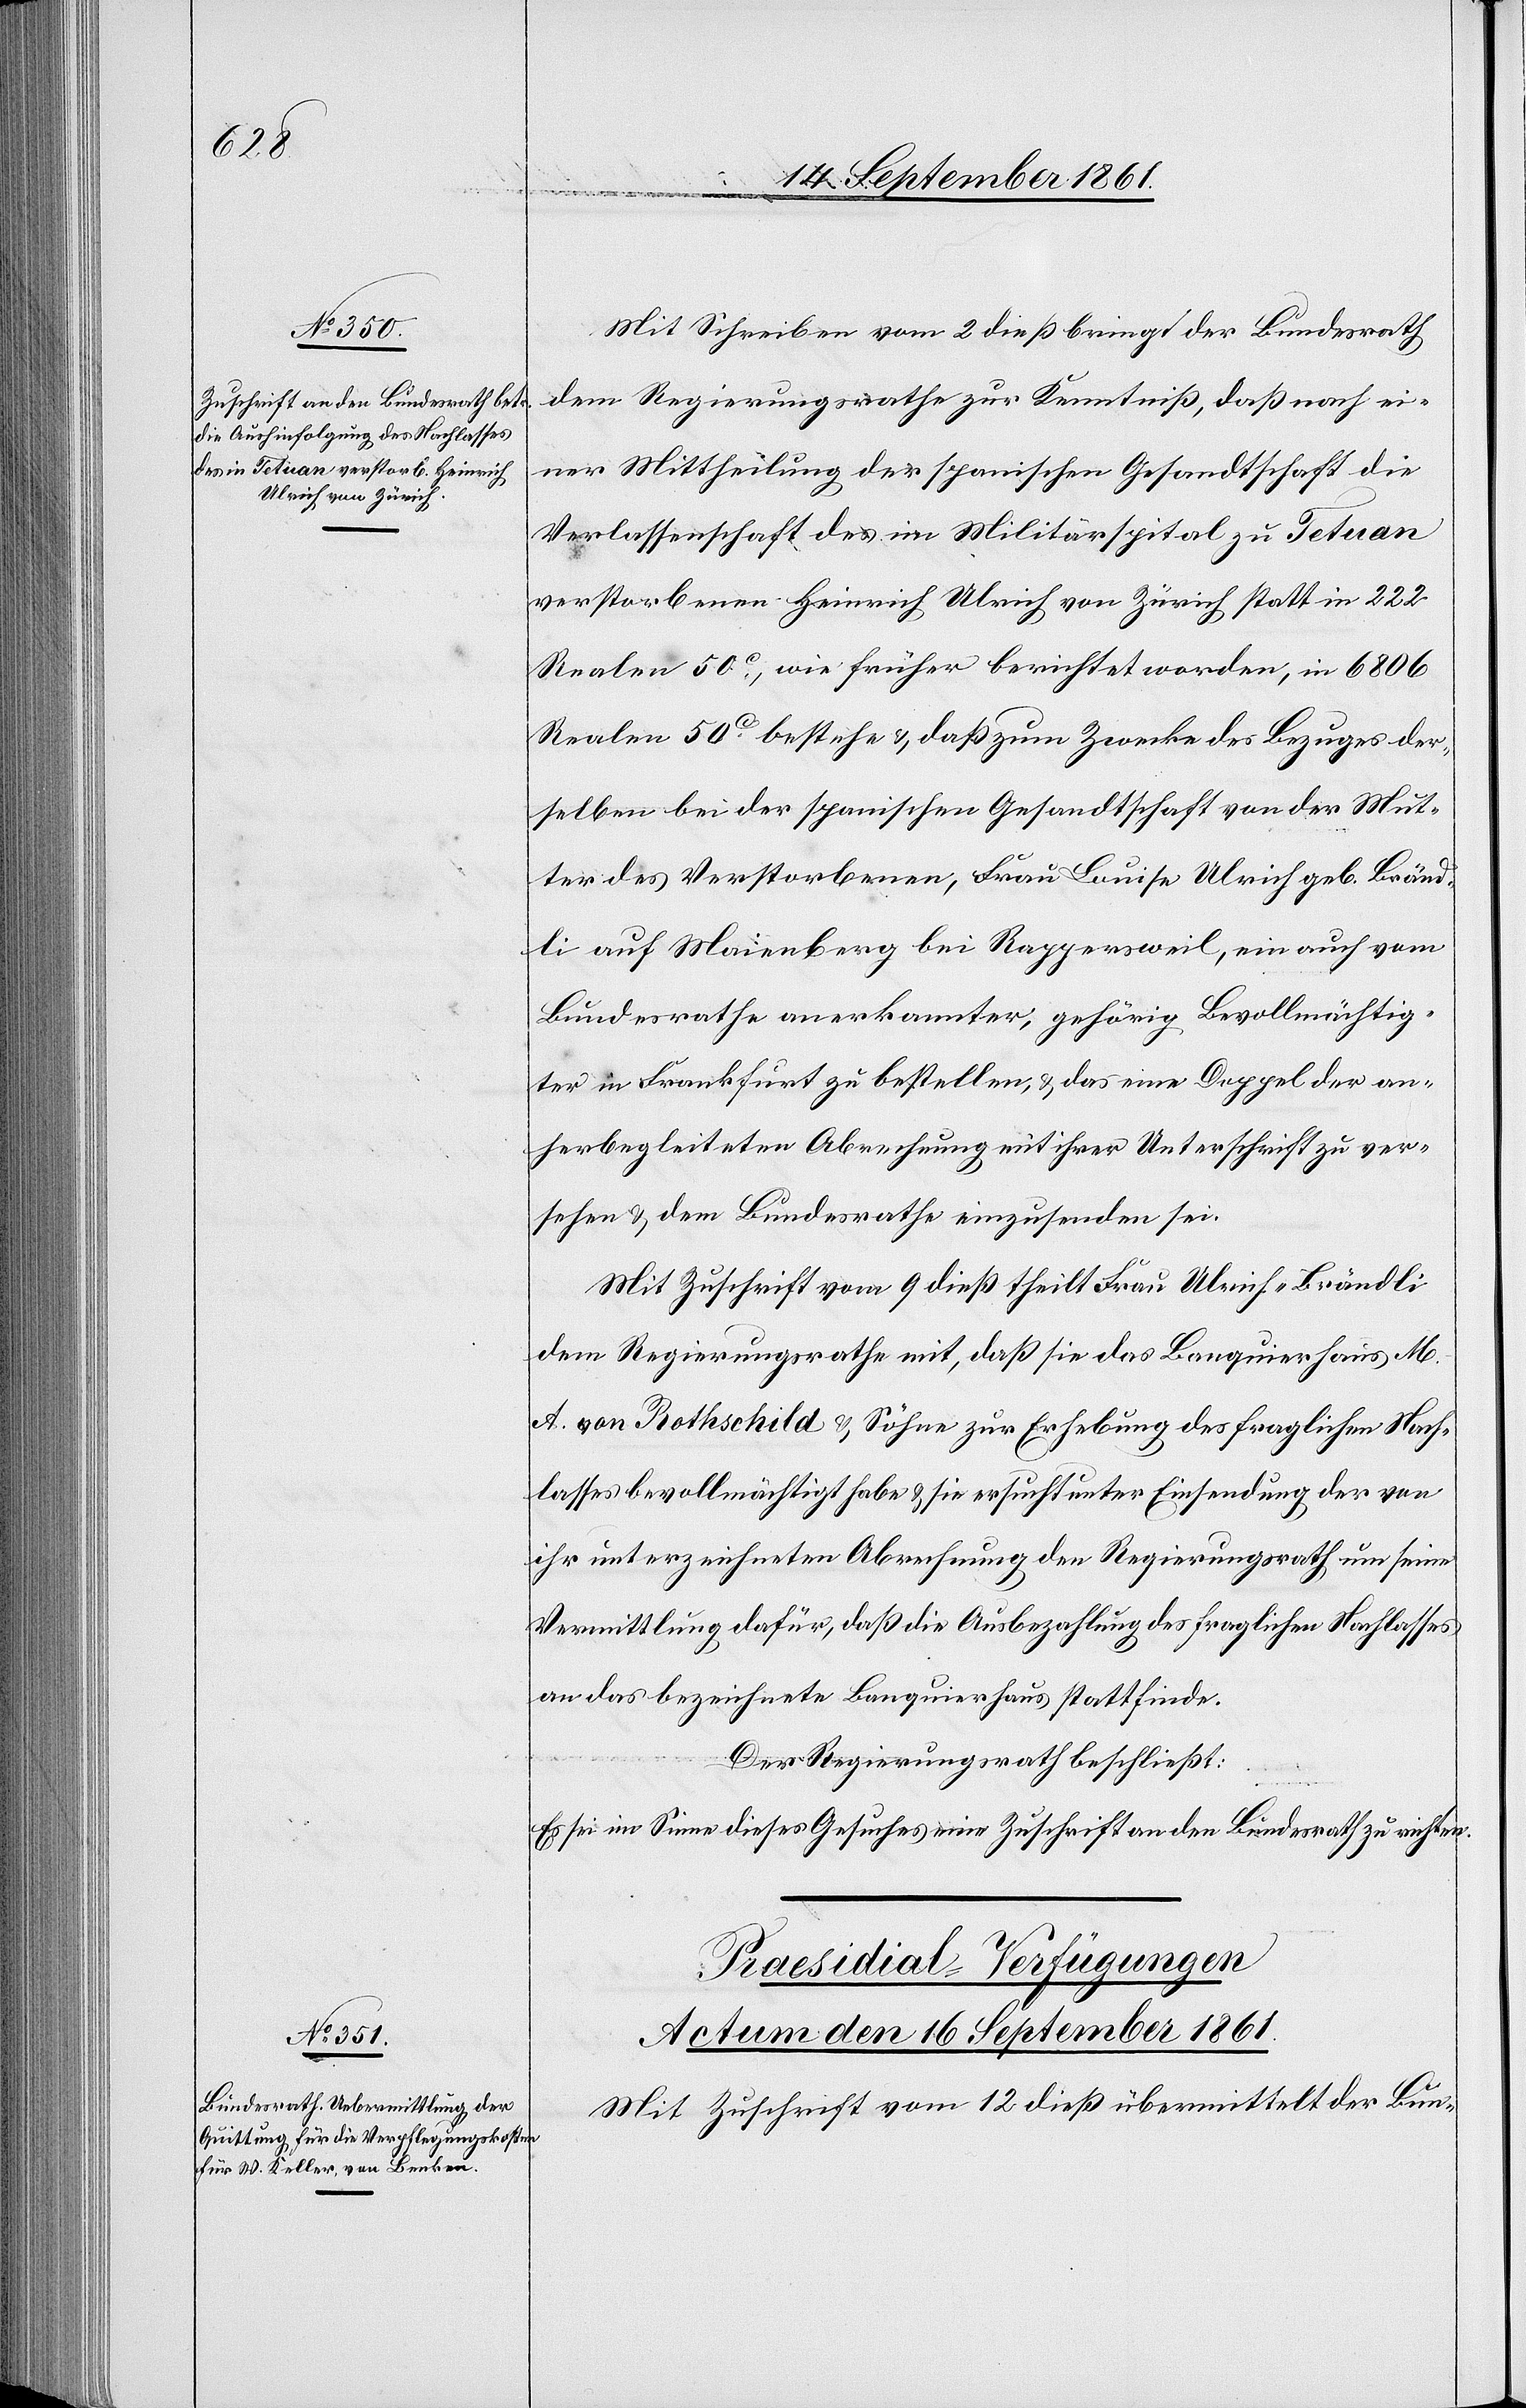
Mit Schreiben vom 2 dieß bringt der Bundesrath
dem Regierungsrathe zur Kenntniß, daß nach ei¬
ner Mittheilung der spanischen Gesandtschaft die
Verlassenschaft des im Militärspital zu Tetuan
verstorbenen Heinrich Ulrich von Zürich statt in 222
Realen 50c, wie früher berichtet worden, in 6806
Realen 50c. bestehe u. daß zum Zwecke des Bezuges der¬
selben bei der spanischen Gesandtschaft von der Mut¬
ter des Verstorbenen, Frau Luise Ulrich geb. Bränd¬
li auf Maienberg bei Rappersweil, ein auch vom
Bundesrathe anerkannten, gehörig Bevollmächtig¬
ter in Frankfurt zu bestellen, u. das eine Doppel der an¬
herbegleiteten Abrechnung mit ihrer Unterschrift zu ver¬
sehen u. dem Bundesrathe einzusenden sei.
Mit Zuschrift vom 9 dieß theilt Frau Ulrich-Brändli
dem Regierungsrathe mit, daß sie das Banquierhaus M.
A. von Rothschild u. Söhne zur Erhebung des fraglichen Nach¬
lasses bevollmächtigt habe u. sie ersucht unter Einsendung der von
ihr unterzeichneten Abrechnung den Regierungsrath um seine
Vermittlung dafür, daß die Ausbezahlung des fraglichen Nachlasses
an das bezeichnete Banquierhaus stattfinde.
Der Regierungsrath beschließt:
Es sei im Sinne des Gesuches eine Zuschrift an den Bundesrathe zu richten.
Präsidial-Verfügungen.
Actum den 16 September 1861.
Mit Zuschrift vom 12 dieß übermittelt der Bun-